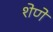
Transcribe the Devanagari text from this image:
शेणे